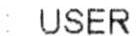
: USER